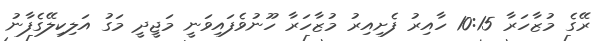
ރޭގެ މުޒާހަރާ 10:15 ހާއިރު ފެށިއިރު މުޒާހަރާ ހޫނުވެފައިވަނީ މަޖީދީ މަގު އަލިކިލޭގެފާނު